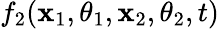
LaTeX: f_{2}(\mathbf{x}_{1},\theta_{1},\mathbf{x}_{2},\theta_{2},t)